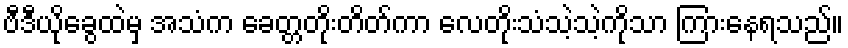
ဗီဒီယိုခွေထဲမှ အသံက ခေတ္တတိုးတိတ်ကာ လေတိုးသံသဲ့သဲ့ကိုသာ ကြားနေရသည်။